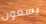
يسعون